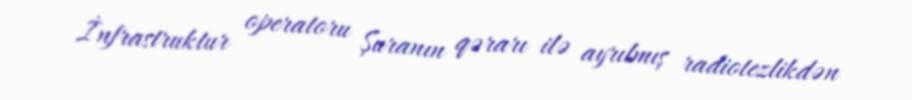
İnfrastruktur operatoru Şuranın qərarı ilə ayrılmış radiotezlikdən